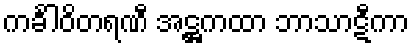
ကင်္ခါဝိတရဏီ အဋ္ဌကထာ ဘာသာဋီကာ